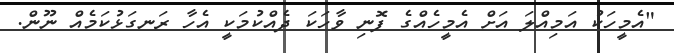
"އެމީހަކު އަމިއްލަ އަށް އެމީހެއްގެ ފޮނި ވާހަކަ ދެއްކުމަކީ އެހާ ރަނގަޅުކަމެއް ނޫން.